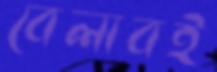
বেলাবই